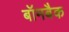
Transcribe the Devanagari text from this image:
बॉमबैक